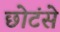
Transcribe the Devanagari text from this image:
छोटंसे